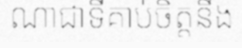
ណាជាទីគាប់ចិត្តនឹង